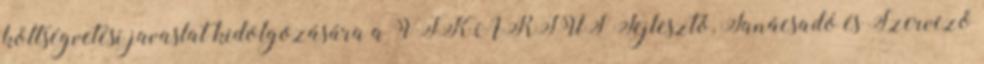
költségvetési javaslat kidolgozására a VIKÁRIUS Fejlesztő, Tanácsadó és Szervező